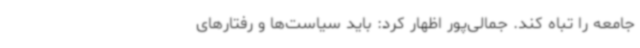
جامعه را تباه کند. جمالی‌پور اظهار کرد: باید سیاست‌ها و رفتارهای